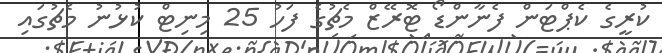
ކުރީގެ ކެޕްޓަން ފެނާންޑޯ ޓޮރޭޒް މެޗުގެ ފަހު 25 މިނިޓް ކުޅުނު މެޗުގައި